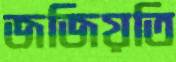
জজিয়তি